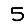
Digit: 5